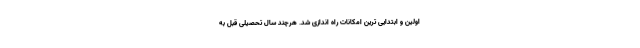
اولین و ابتدایی ترین امکانات راه اندازی شد. هرچند سال تحصیلی قبل به